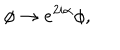
LaTeX: \phi \rightarrow e ^ { 2 i \alpha } \phi ,